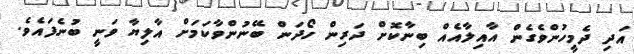
އަދި ދެމީހުންވެގެން އާއިލާއެއް ބިނާކޮށް ދަރިން ހޯދަން ބޭނުންވާކަމަށް އާލިޔާ ވަނީ ބުނެފައެވެ.